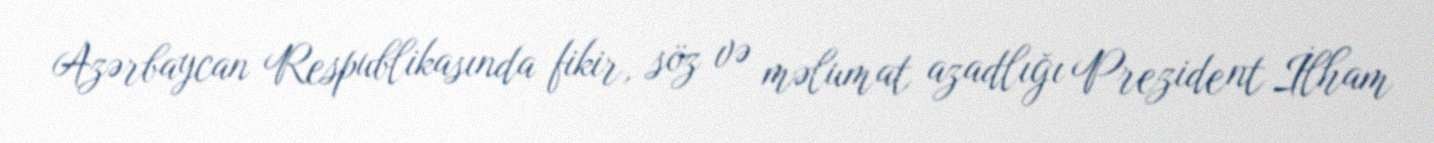
Azərbaycan Respublikasında fikir, söz və məlumat azadlığı Prezident İlham